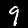
Label: 9